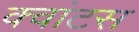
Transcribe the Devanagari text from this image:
क्वांटस